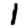
Digit: 1